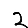
Digit: 2